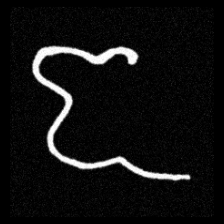
Pyu character \u2014 Myanmar letter: ဇ (romanized: ja)